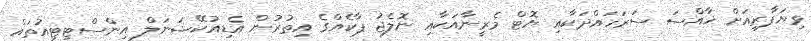
ވިޔަފާރިއަށް ޚާއްސަ ސަރަހައްދަކާއި ޔޮޓް މެރީނާއަކާއި ނޮލެޖު ޕާކެއްގެ އިތުރުން އެޑިއުކޭޝަނަލް އިންސްޓިޓިއުތައް